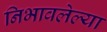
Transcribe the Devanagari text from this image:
निभावलेल्या